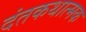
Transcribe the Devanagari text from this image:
दंतकथात्मक